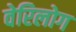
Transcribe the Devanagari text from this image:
वेरिलोग